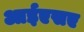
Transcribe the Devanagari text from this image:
आईएसए